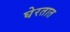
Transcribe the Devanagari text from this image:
घेरतात